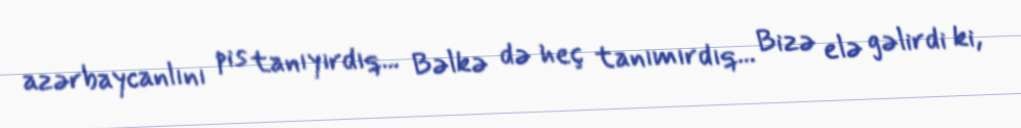
azərbaycanlını pis tanıyırdıq... Bəlkə də heç tanımırdıq... Bizə elə gəlirdi ki,